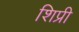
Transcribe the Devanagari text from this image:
शिप्री